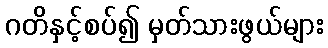
ဂတိနှင့်စပ်၍ မှတ်သားဖွယ်များ